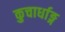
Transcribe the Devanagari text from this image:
कुचार्धाङ्ग